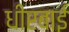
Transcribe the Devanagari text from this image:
धीरबाई